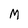
Character: M